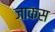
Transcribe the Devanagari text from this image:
जाकस